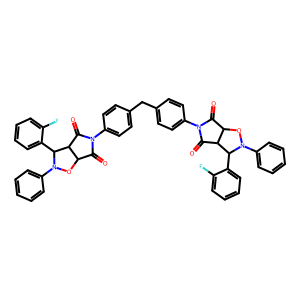
SMILES: O=C1C2ON(c3ccccc3)C(c3ccccc3F)C2C(=O)N1c1ccc(Cc2ccc(N3C(=O)C4ON(c5ccccc5)C(c5ccccc5F)C4C3=O)cc2)cc1
Inhibits HIV replication: No